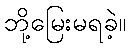
ဘို့မြေးမရခဲ့။